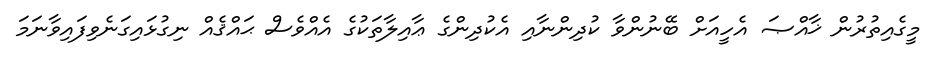
މީގެއިތުރުން ޚާއްޞަ އެހީއަށް ބޭނުންވާ ކުދިންނާއި އެކުދިންގެ ޢާއިލާތަކުގެ އެއްވެސް ޙައްޤެއް ނިގުޅައިގަނެވިފައިވާނަމަ